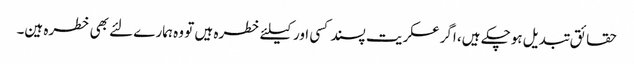
حقائق تبدیل ہوچکے ہیں، اگر عسکریت پسند کسی اور کیلئے خطرہ ہیں تو وہ ہمارے لئے بھی خطرہ ہین۔